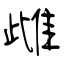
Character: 雌